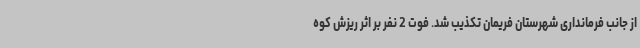
از جانب فرمانداری شهرستان فریمان تکذیب شد. فوت 2 نفر بر اثر ریزش کوه